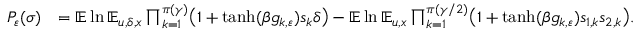
\begin{array} { r l } { P _ { \varepsilon } ( \sigma ) } & { = \mathbb E \ln \mathbb E _ { u , \delta , x } \prod _ { k = 1 } ^ { \pi ( \gamma ) } \bigl ( 1 + \operatorname { t a n h } ( \beta g _ { k , \varepsilon } ) s _ { k } \delta \bigr ) - \mathbb E \ln \mathbb E _ { u , x } \prod _ { k = 1 } ^ { \pi ( \gamma / 2 ) } \bigl ( 1 + \operatorname { t a n h } ( \beta g _ { k , \varepsilon } ) s _ { 1 , k } s _ { 2 , k } \bigr ) . } \end{array}